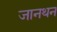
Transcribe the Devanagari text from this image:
जानथन